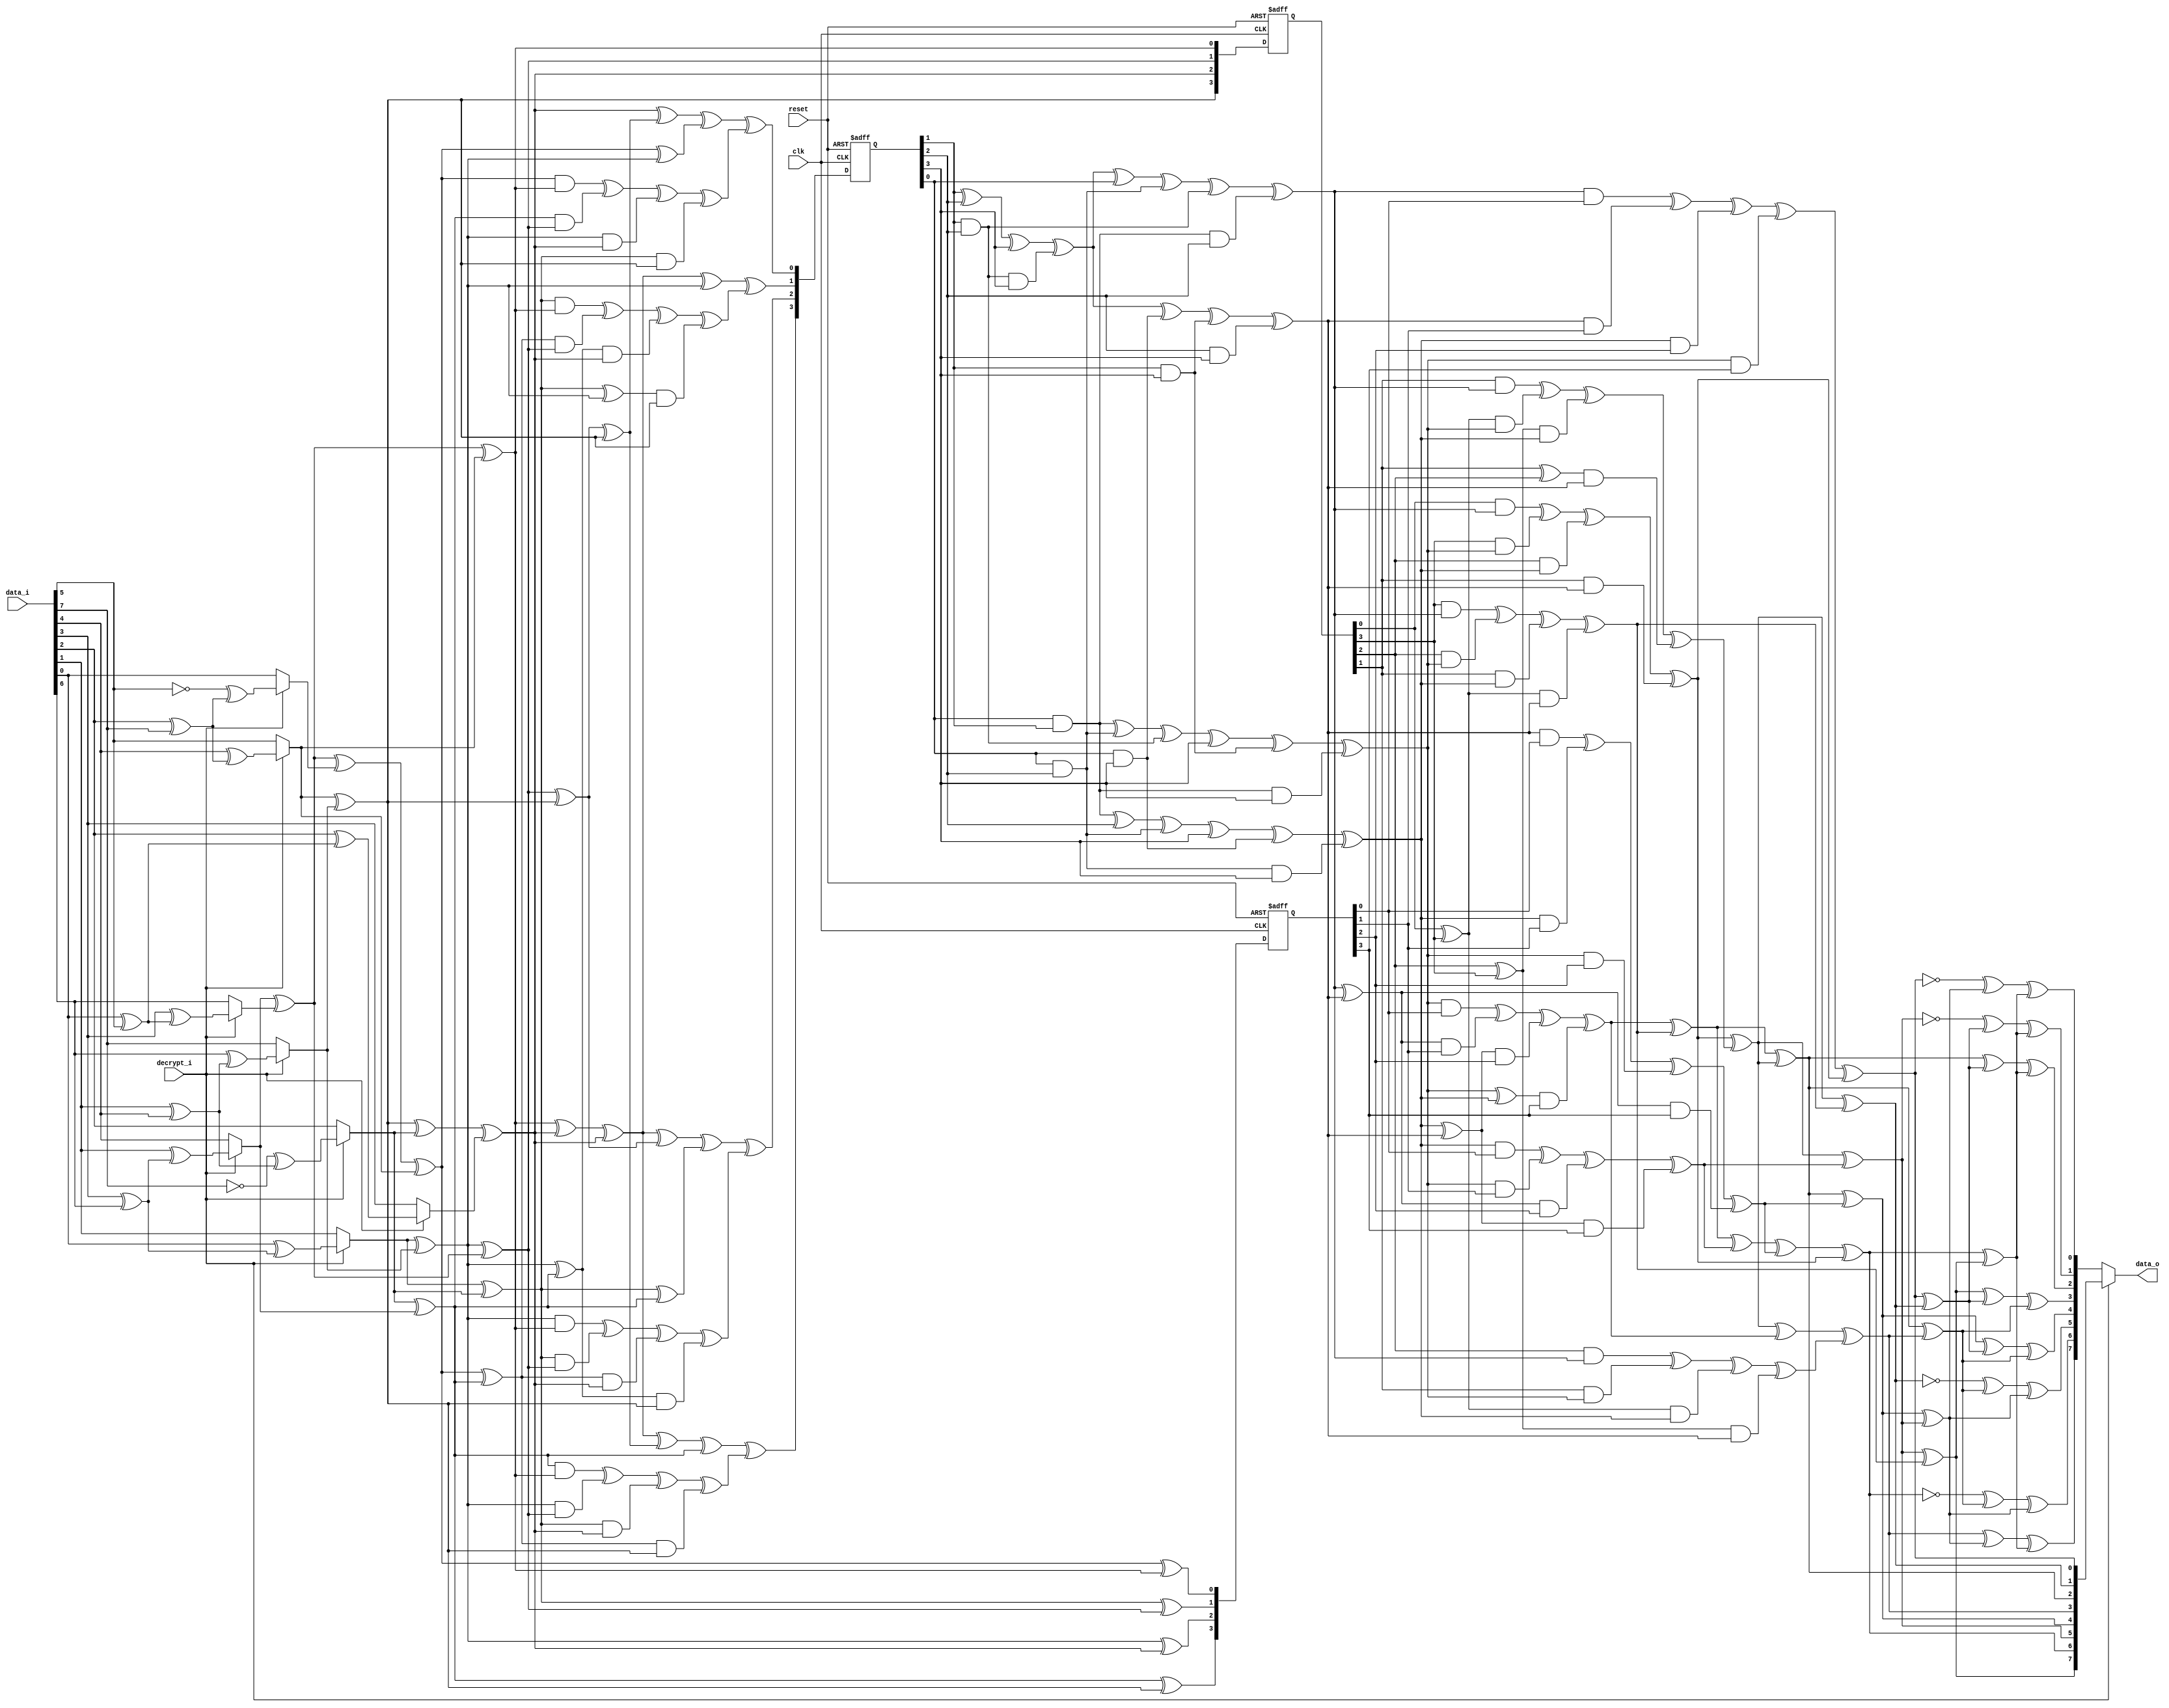
//  S-Box calculation : Description:   S-box calculation calculating inverse on gallois field

module sbox(clk,reset,data_i,decrypt_i,data_o);
input clk;
input reset;
input [7:0] data_i;
input decrypt_i;
output [7:0] data_o;

reg [7:0] data_o;

reg [7:0] inva;
reg [3:0] ah;
reg [3:0] al;
reg [3:0] ah2;
reg [3:0] al2;
reg [3:0] alxh;
reg [3:0] alph;
reg [3:0] d;
reg [3:0] ahp;
reg [3:0] alp;
reg [3:0] to_invert;
reg [3:0] next_to_invert;
reg [3:0] ah_reg;
reg [3:0] next_ah_reg;
reg [3:0] next_alph;


//registers:
always @(posedge clk or negedge reset)

begin

if(!reset)
begin

to_invert = (0);
	ah_reg = (0);
alph = (0);	

end
else
begin

	to_invert = (next_to_invert);
	ah_reg = (next_ah_reg);
alph = (next_alph);	

end
	

end
//first_mux:
reg[7:0] first_mux_data_var;
	reg[7:0] first_mux_InvInput;
	reg[3:0] first_mux_ah_t,first_mux_al_t;
	reg first_mux_aA,first_mux_aB,first_mux_aC,first_mux_aD;
	
always @(  data_i or   decrypt_i)

begin

	
	first_mux_data_var=data_i;
	first_mux_InvInput=first_mux_data_var;
	
	case(decrypt_i)
		1:
begin
		//Apply inverse affine transformation
first_mux_aA=first_mux_data_var[0]^first_mux_data_var[5];first_mux_aB=first_mux_data_var[1]^first_mux_data_var[4];
		first_mux_aC=first_mux_data_var[2]^first_mux_data_var[7];first_mux_aD=first_mux_data_var[3]^first_mux_data_var[6];
		first_mux_InvInput[0]=(!first_mux_data_var[5])^first_mux_aC;
		first_mux_InvInput[1]=first_mux_data_var[0]^first_mux_aD;
		first_mux_InvInput[2]=(!first_mux_data_var[7])^first_mux_aB;
		first_mux_InvInput[3]=first_mux_data_var[2]^first_mux_aA;
		first_mux_InvInput[4]=first_mux_data_var[1]^first_mux_aD;
		first_mux_InvInput[5]=first_mux_data_var[4]^first_mux_aC;
		first_mux_InvInput[6]=first_mux_data_var[3]^first_mux_aA;
		first_mux_InvInput[7]=first_mux_data_var[6]^first_mux_aB;
		end
		default:
begin
first_mux_InvInput=first_mux_data_var;
		end
	endcase
	
	
	//Convert elements from GF(2^8)into two elements of GF(2^4^2)
	
	first_mux_aA=first_mux_InvInput[1]^first_mux_InvInput[7];
	first_mux_aB=first_mux_InvInput[5]^first_mux_InvInput[7];
	first_mux_aC=first_mux_InvInput[4]^first_mux_InvInput[6];
	
	
	first_mux_al_t[0]=first_mux_aC^first_mux_InvInput[0]^first_mux_InvInput[5];
	first_mux_al_t[1]=first_mux_InvInput[1]^first_mux_InvInput[2];
	first_mux_al_t[2]=first_mux_aA;
	first_mux_al_t[3]=first_mux_InvInput[2]^first_mux_InvInput[4];
	
	first_mux_ah_t[0]=first_mux_aC^first_mux_InvInput[5];
	first_mux_ah_t[1]=first_mux_aA^first_mux_aC;
	first_mux_ah_t[2]=first_mux_aB^first_mux_InvInput[2]^first_mux_InvInput[3];
	first_mux_ah_t[3]=first_mux_aB;
	
	al = (first_mux_al_t);
	ah = (first_mux_ah_t);
	next_ah_reg = (first_mux_ah_t);

end
//end_mux:
reg[7:0] end_mux_data_var,end_mux_data_o_var;
	reg end_mux_aA,end_mux_aB,end_mux_aC,end_mux_aD;

always @(  decrypt_i or   inva)

begin
	
	

	//Take the output of the inverter
	end_mux_data_var=inva;
	
	case(decrypt_i)
		0:
begin
		//Apply affine transformation
end_mux_aA=end_mux_data_var[0]^end_mux_data_var[1];end_mux_aB=end_mux_data_var[2]^end_mux_data_var[3];
		end_mux_aC=end_mux_data_var[4]^end_mux_data_var[5];end_mux_aD=end_mux_data_var[6]^end_mux_data_var[7];
		end_mux_data_o_var[0]=(!end_mux_data_var[0])^end_mux_aC^end_mux_aD;
		end_mux_data_o_var[1]=(!end_mux_data_var[5])^end_mux_aA^end_mux_aD;
		end_mux_data_o_var[2]=end_mux_data_var[2]^end_mux_aA^end_mux_aD;
		end_mux_data_o_var[3]=end_mux_data_var[7]^end_mux_aA^end_mux_aB;
		end_mux_data_o_var[4]=end_mux_data_var[4]^end_mux_aA^end_mux_aB;
		end_mux_data_o_var[5]=(!end_mux_data_var[1])^end_mux_aB^end_mux_aC;
		end_mux_data_o_var[6]=(!end_mux_data_var[6])^end_mux_aB^end_mux_aC;
		end_mux_data_o_var[7]=end_mux_data_var[3]^end_mux_aC^end_mux_aD;
		data_o = (end_mux_data_o_var);
		end
		default:
begin
data_o = (end_mux_data_var);
		end
	endcase
	
	

end
//inversemap:
reg[3:0] aA,aB;
	reg[3:0] inversemap_alp_t,inversemap_ahp_t;
	reg[7:0] inversemap_inva_t;

always @(  alp or   ahp)
begin

	
	inversemap_alp_t=alp;
	inversemap_ahp_t=ahp;
	
	aA=inversemap_alp_t[1]^inversemap_ahp_t[3];
	aB=inversemap_ahp_t[0]^inversemap_ahp_t[1];
	
	inversemap_inva_t[0]=inversemap_alp_t[0]^inversemap_ahp_t[0];
	inversemap_inva_t[1]=aB^inversemap_ahp_t[3];
	inversemap_inva_t[2]=aA^aB;
	inversemap_inva_t[3]=aB^inversemap_alp_t[1]^inversemap_ahp_t[2];
	inversemap_inva_t[4]=aA^aB^inversemap_alp_t[3];
	inversemap_inva_t[5]=aB^inversemap_alp_t[2];
	inversemap_inva_t[6]=aA^inversemap_alp_t[2]^inversemap_alp_t[3]^inversemap_ahp_t[0];
	inversemap_inva_t[7]=aB^inversemap_alp_t[2]^inversemap_ahp_t[3];
	
	inva = (inversemap_inva_t);

end
//mul1:
reg[3:0] mul1_alxh_t;
	reg[3:0] mul1_aA,mul1_a;

always @(  ah or   al)

begin

	//alxah
	
	mul1_aA=al[0]^al[3];
	mul1_a=al[2]^al[3];
	
	mul1_alxh_t[0]=(al[0]&ah[0])^(al[3]&ah[1])^(al[2]&ah[2])^(al[1]&ah[3]);
	mul1_alxh_t[1]=(al[1]&ah[0])^(mul1_aA&ah[1])^(mul1_a&ah[2])^((al[1]^al[2])&ah[3]);
	mul1_alxh_t[2]=(al[2]&ah[0])^(al[1]&ah[1])^(mul1_aA&ah[2])^(mul1_a&ah[3]);
	mul1_alxh_t[3]=(al[3]&ah[0])^(al[2]&ah[1])^(al[1]&ah[2])^(mul1_aA&ah[3]);
	
	alxh = (mul1_alxh_t);

end
//mul2:
reg[3:0] mul2_ahp_t;
	reg[3:0] mul2_aA,mul2_aB;

always @(  d or   ah_reg)

begin

	//ahxd
	
	mul2_aA=ah_reg[0]^ah_reg[3];
	mul2_aB=ah_reg[2]^ah_reg[3];
	
	mul2_ahp_t[0]=(ah_reg[0]&d[0])^(ah_reg[3]&d[1])^(ah_reg[2]&d[2])^(ah_reg[1]&d[3]);
	mul2_ahp_t[1]=(ah_reg[1]&d[0])^(mul2_aA&d[1])^(mul2_aB&d[2])^((ah_reg[1]^ah_reg[2])&d[3]);
	mul2_ahp_t[2]=(ah_reg[2]&d[0])^(ah_reg[1]&d[1])^(mul2_aA&d[2])^(mul2_aB&d[3]);
	mul2_ahp_t[3]=(ah_reg[3]&d[0])^(ah_reg[2]&d[1])^(ah_reg[1]&d[2])^(mul2_aA&d[3]);
	
	ahp = (mul2_ahp_t);

end
//mul3:
reg[3:0] mul3_alp_t;
	reg[3:0] mul3_aA,mul3_aB;

always @(  d or   alph)

begin

	//dxal
	
	mul3_aA=d[0]^d[3];
	mul3_aB=d[2]^d[3];
	
	mul3_alp_t[0]=(d[0]&alph[0])^(d[3]&alph[1])^(d[2]&alph[2])^(d[1]&alph[3]);
	mul3_alp_t[1]=(d[1]&alph[0])^(mul3_aA&alph[1])^(mul3_aB&alph[2])^((d[1]^d[2])&alph[3]);
	mul3_alp_t[2]=(d[2]&alph[0])^(d[1]&alph[1])^(mul3_aA&alph[2])^(mul3_aB&alph[3]);
	mul3_alp_t[3]=(d[3]&alph[0])^(d[2]&alph[1])^(d[1]&alph[2])^(mul3_aA&alph[3]);
	
	alp = (mul3_alp_t);

end
//intermediate:
reg[3:0] intermediate_aA,intermediate_aB;
	reg[3:0] intermediate_ah2e,intermediate_ah2epl2,intermediate_to_invert_var;
	
always @(  ah2 or   al2 or   alxh)

begin

	
	//ah square is multiplied with e
	intermediate_aA=ah2[0]^ah2[1];
	intermediate_aB=ah2[2]^ah2[3];
	intermediate_ah2e[0]=ah2[1]^intermediate_aB;
	intermediate_ah2e[1]=intermediate_aA;
	intermediate_ah2e[2]=intermediate_aA^ah2[2];
	intermediate_ah2e[3]=intermediate_aA^intermediate_aB;
	
	//Addition of intermediate _ah2e plus al2
	intermediate_ah2epl2[0]=intermediate_ah2e[0]^al2[0];
	intermediate_ah2epl2[1]=intermediate_ah2e[1]^al2[1];
	intermediate_ah2epl2[2]=intermediate_ah2e[2]^al2[2];
	intermediate_ah2epl2[3]=intermediate_ah2e[3]^al2[3];
	
	//Addition of last result with the result of(alxah)
	intermediate_to_invert_var[0]=intermediate_ah2epl2[0]^alxh[0];
	intermediate_to_invert_var[1]=intermediate_ah2epl2[1]^alxh[1];
	intermediate_to_invert_var[2]=intermediate_ah2epl2[2]^alxh[2];
	intermediate_to_invert_var[3]=intermediate_ah2epl2[3]^alxh[3];

//Registers
	next_to_invert = (intermediate_to_invert_var);

end
//inversion:
reg[3:0] inversion_to_invert_var;
	reg[3:0] inversion_aA,inversion_d_t;
	
always @(  to_invert)

begin

	
	inversion_to_invert_var=to_invert;
	
	//Invert the result in GF(2^4)
	inversion_aA=inversion_to_invert_var[1]^inversion_to_invert_var[2]^inversion_to_invert_var[3]^(inversion_to_invert_var[1]&inversion_to_invert_var[2]&inversion_to_invert_var[3]);
	inversion_d_t[0]=inversion_aA^inversion_to_invert_var[0]^(inversion_to_invert_var[0]&inversion_to_invert_var[2])^(inversion_to_invert_var[1]&inversion_to_invert_var[2])^(inversion_to_invert_var[0]&inversion_to_invert_var[1]&inversion_to_invert_var[2]);
	inversion_d_t[1]=(inversion_to_invert_var[0]&inversion_to_invert_var[1])^(inversion_to_invert_var[0]&inversion_to_invert_var[2])^(inversion_to_invert_var[1]&inversion_to_invert_var[2])^inversion_to_invert_var[3]^(inversion_to_invert_var[1]&inversion_to_invert_var[3])^(inversion_to_invert_var[0]&inversion_to_invert_var[1]&inversion_to_invert_var[3]);
	inversion_d_t[2]=(inversion_to_invert_var[0]&inversion_to_invert_var[1])^inversion_to_invert_var[2]^(inversion_to_invert_var[0]&inversion_to_invert_var[2])^inversion_to_invert_var[3]^(inversion_to_invert_var[0]&inversion_to_invert_var[3])^(inversion_to_invert_var[0]&inversion_to_invert_var[2]&inversion_to_invert_var[3]);
	inversion_d_t[3]=inversion_aA^(inversion_to_invert_var[0]&inversion_to_invert_var[3])^(inversion_to_invert_var[1]&inversion_to_invert_var[3])^(inversion_to_invert_var[2]&inversion_to_invert_var[3]);
	
	d = (inversion_d_t);
	

end
//sum1:
reg[3:0] sum1_alph_t;
	
always @(  ah or   al)

begin

	
	sum1_alph_t[0]=al[0]^ah[0];
	sum1_alph_t[1]=al[1]^ah[1];
	sum1_alph_t[2]=al[2]^ah[2];
	sum1_alph_t[3]=al[3]^ah[3];
	
	next_alph = (sum1_alph_t);

end
//square1:
reg[3:0] square1_ah_t;
	
always @(  ah)

begin

	
	square1_ah_t[0]=ah[0]^ah[2];
	square1_ah_t[1]=ah[2];
	square1_ah_t[2]=ah[1]^ah[3];
	square1_ah_t[3]=ah[3];
	
	ah2 = (square1_ah_t);

end
//square2:
reg[3:0] square2_al_t;
	
always @(  al)

begin

	
	square2_al_t[0]=al[0]^al[2];
	square2_al_t[1]=al[2];
	square2_al_t[2]=al[1]^al[3];
	square2_al_t[3]=al[3];
	
	al2 = (square2_al_t);

end

endmodule